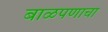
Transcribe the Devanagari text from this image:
बाळपणाचा